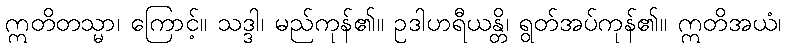
ဣတိတသ္မာ၊ ကြောင့်။ သဒ္ဒါ၊ မည်ကုန်၏။ ဥဒါဟရီယန္တိ၊ ရွတ်အပ်ကုန်၏။ ဣတိအယံ၊